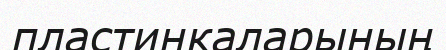
пластинкаларының